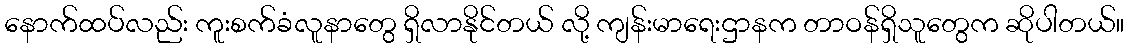
နောက်ထပ်လည်း ကူးစက်ခံလူနာတွေ ရှိလာနိုင်တယ် လို့ ကျန်းမာရေးဌာနက တာဝန်ရှိသူတွေက ဆိုပါတယ်။